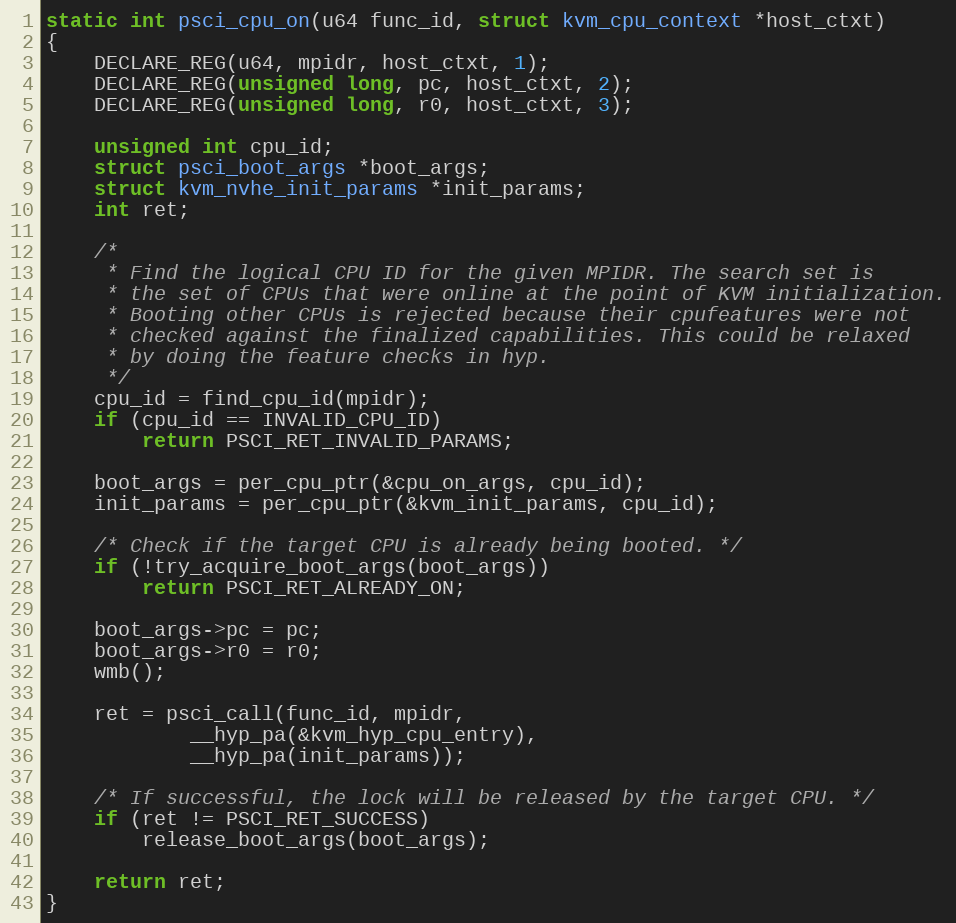
Language: C
static int psci_cpu_on(u64 func_id, struct kvm_cpu_context *host_ctxt)
{
	DECLARE_REG(u64, mpidr, host_ctxt, 1);
	DECLARE_REG(unsigned long, pc, host_ctxt, 2);
	DECLARE_REG(unsigned long, r0, host_ctxt, 3);

	unsigned int cpu_id;
	struct psci_boot_args *boot_args;
	struct kvm_nvhe_init_params *init_params;
	int ret;

	/*
	 * Find the logical CPU ID for the given MPIDR. The search set is
	 * the set of CPUs that were online at the point of KVM initialization.
	 * Booting other CPUs is rejected because their cpufeatures were not
	 * checked against the finalized capabilities. This could be relaxed
	 * by doing the feature checks in hyp.
	 */
	cpu_id = find_cpu_id(mpidr);
	if (cpu_id == INVALID_CPU_ID)
		return PSCI_RET_INVALID_PARAMS;

	boot_args = per_cpu_ptr(&cpu_on_args, cpu_id);
	init_params = per_cpu_ptr(&kvm_init_params, cpu_id);

	/* Check if the target CPU is already being booted. */
	if (!try_acquire_boot_args(boot_args))
		return PSCI_RET_ALREADY_ON;

	boot_args->pc = pc;
	boot_args->r0 = r0;
	wmb();

	ret = psci_call(func_id, mpidr,
			__hyp_pa(&kvm_hyp_cpu_entry),
			__hyp_pa(init_params));

	/* If successful, the lock will be released by the target CPU. */
	if (ret != PSCI_RET_SUCCESS)
		release_boot_args(boot_args);

	return ret;
}